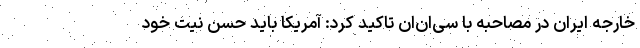
خارجه ایران در مصاحبه با سی‌ان‌ان تاکید کرد: آمریکا باید حسن نیت خود